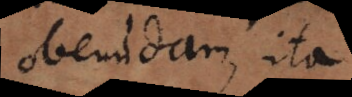
obeundam, ita